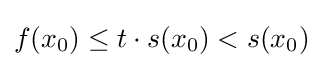
f(x_{0})\leq t\cdot s(x_{0})<s(x_{0})